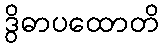
ဒွိဓာပထောတိ